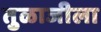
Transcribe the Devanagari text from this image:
तुळाजीला